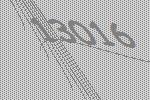
13016